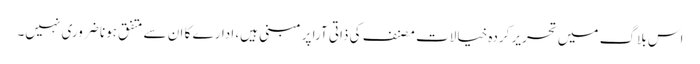
اس بلاگ میں تحریر کردہ خیالات مصنف کی ذاتی آرا پر مبنی ہیں، ادارے کا ان سے متفق ہونا ضروری نہیں۔